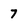
Character: 7